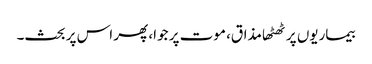
بیماریوں پر ٹھٹھا مذاق، موت پر جوا، پھر اس پر بحث۔